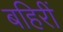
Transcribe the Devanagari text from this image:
बहिरीं